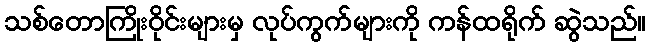
သစ်တောကြိုးဝိုင်းများမှ လုပ်ကွက်များကို ကန်ထရိုက် ဆွဲသည်။